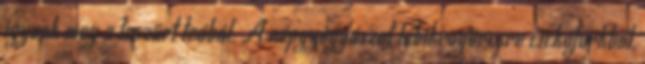
igyunk meg a leszűrt teából. A népgyógyászat lábikragörcsre cickafarkból,